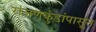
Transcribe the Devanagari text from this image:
रांजणकुंडांपासून